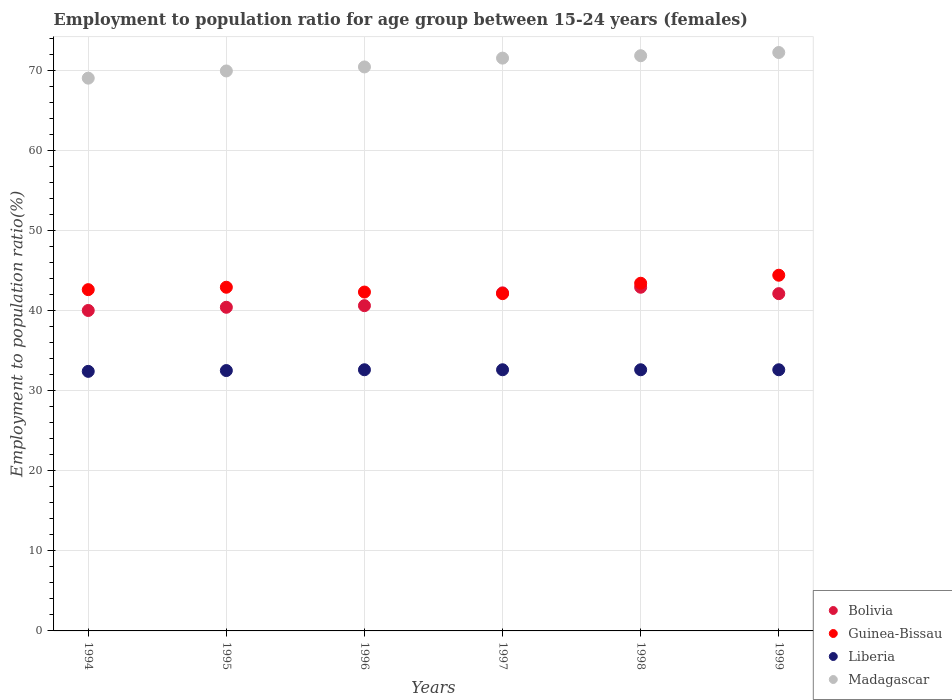
| Years | Bolivia | Guinea-Bissau | Liberia | Madagascar |
 | --- | --- | --- | --- | --- |
 | 1994 | 40 | 42.6 | 32.4 | 69 |
 | 1995 | 40.4 | 42.9 | 32.5 | 69.9 |
 | 1996 | 40.6 | 42.3 | 32.6 | 70.4 |
 | 1997 | 42.2 | 42.1 | 32.6 | 71.5 |
 | 1998 | 42.9 | 43.4 | 32.6 | 71.8 |
 | 1999 | 42.1 | 44.4 | 32.6 | 72.2 |